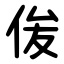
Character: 㑓